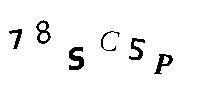
78SC5P